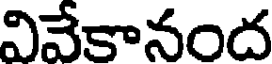
వివేకానంద